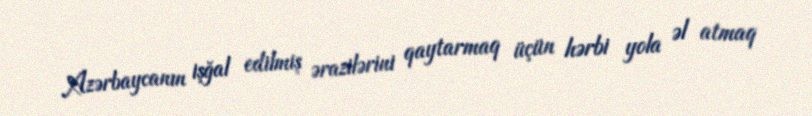
Azərbaycanın işğal edilmiş ərazilərini qaytarmaq üçün hərbi yola əl atmaq